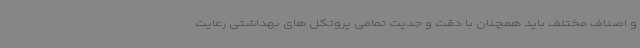
و اصناف مختلف باید همچنان با دقت و جدیت تمامی پروتکل های بهداشتی رعایت